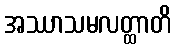
အဿာသမလတ္ထာတိ